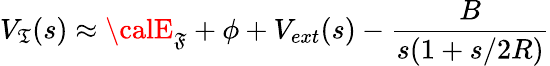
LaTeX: V_{\mathfrak{T}}(s)\approx{\calE}_{\mathfrak{F}}+\phi+V_{ext}(s)-\frac{{B}}{{s(1+s/2R)}}